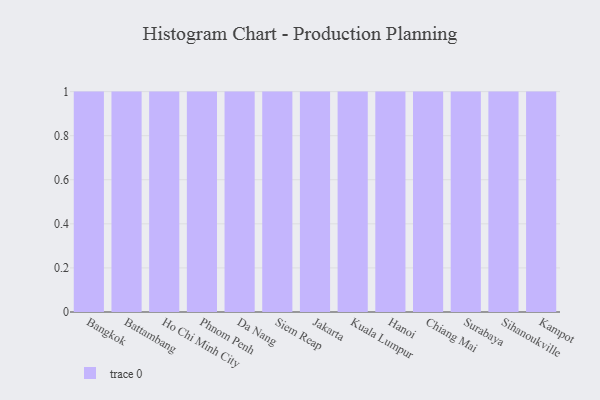
{"axis": {"x": "City", "y": "Market Share (%)"}, "legend": [""], "data": [{"x": "Bangkok", "y": 23, "type": ""}, {"x": "Battambang", "y": 18, "type": ""}, {"x": "Ho Chi Minh City", "y": 94, "type": ""}, {"x": "Phnom Penh", "y": 67, "type": ""}, {"x": "Da Nang", "y": 2, "type": ""}, {"x": "Siem Reap", "y": 76, "type": ""}, {"x": "Jakarta", "y": 13, "type": ""}, {"x": "Kuala Lumpur", "y": 39, "type": ""}, {"x": "Hanoi", "y": 93, "type": ""}, {"x": "Chiang Mai", "y": 63, "type": ""}, {"x": "Surabaya", "y": 53, "type": ""}, {"x": "Sihanoukville", "y": 10, "type": ""}, {"x": "Kampot", "y": 88, "type": ""}]}